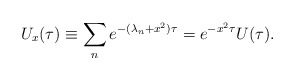
\begin{align*}U_{x}(\tau) \equiv \sum_{n}e^{-(\lambda_{n}+x^{2})\tau}=e^{-x^{2}\tau}U(\tau).\end{align*}